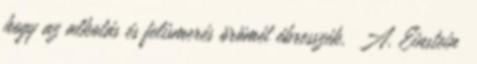
hogy az alkotás és felismerés örömét ébresszék. A. Einstein